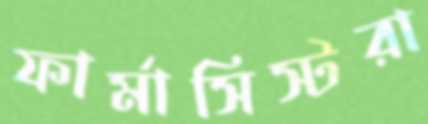
ফার্মাসিস্টরা